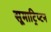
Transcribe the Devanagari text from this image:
सूमाट्रिप्टन